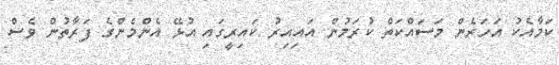
ކަމާއެކު އަހަރެން މަސައްކަތް ކުރަމުން އައިއިރު ކައިރީގައި އުޅޭ އެންމެންގެ ފަރާތުން ވެސް